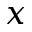
x